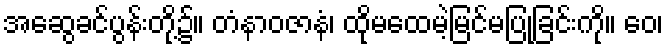
အဆွေခင်ပွန်းတို့၌။ တံနာဝဇာနံ၊ ထိုမထေမဲ့မြင်မပြုခြင်းကို။ ဝေ၊